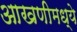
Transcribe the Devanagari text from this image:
आखणीमध्ये